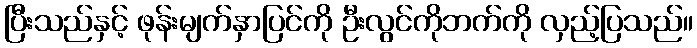
ပြီးသည်နှင့် ဖုန်းမျက်နှာပြင်ကို ဦးလွင်ကိုဘက်ကို လှည့်ပြသည်။